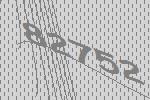
82752